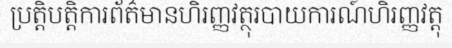
ប្រត្តិបត្តិការព័ត៌មានហិរញ្ញវត្ថុរបាយការណ៍ហិរញ្ញវត្តុ